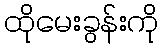
ထိုမေးခွန်းကို